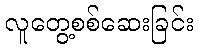
လူတွေ့စစ်ဆေးခြင်း